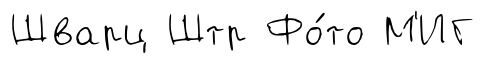
Шварц Штр Фо́то М'ИГ